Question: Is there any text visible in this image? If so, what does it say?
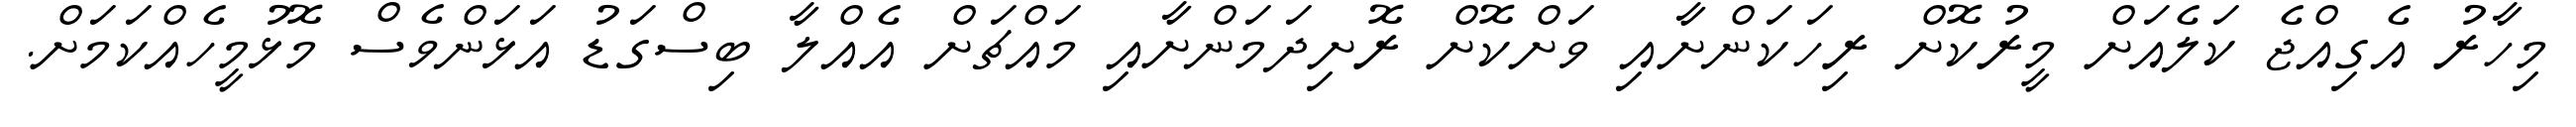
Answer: މިހާރު އެގިއްޖެ ކަލެއަށް މީރުކޮށް ރިހަކަންށާއި ވަށްކޮށް ރޮށިދަމަންށާއި މައްޗަށް އެއްލާ ބިސްގަޑު އަޅަންވެސް މޮޅުމީހެއްކަމަށް.